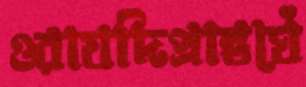
ওরাযদিপ্রান্তঘেঁ